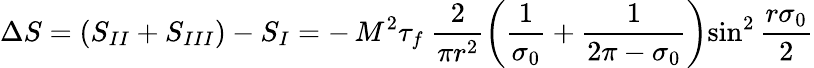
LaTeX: \Delta S=(S_{II}+S_{III})-S_{I}=-\, M^{2}\tau_{f}~\frac{2}{\pi r^{2}}\left(\frac{1}{\sigma_{0}}+\frac{1}{2\pi-\sigma_{0}}\right){\sin}^{2}\, \frac{r\sigma_{0}}{2}